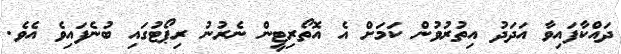
ދައްކާފައިވާ އަދަދު އިތުރުވުން ކަމަށް އެ އޮތޯރިޓީން ނެރުނު ރިޕޯޓުގައި ބުނެފައިވެ އެވެ.